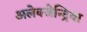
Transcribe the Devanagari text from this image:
अलेक्जेन्द्रिया